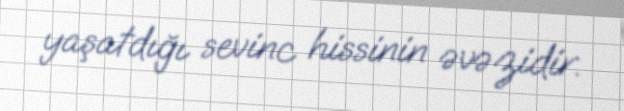
yaşatdığı sevinc hissinin əvəzidir.